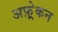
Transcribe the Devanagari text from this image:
अफ़्र्रेकन